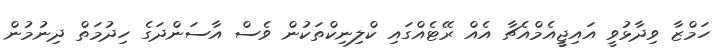
ހަމްޒާ ވިދާޅުވީ އައިޖީީއެމްއެޗާ އެއް ރޭޓެއްގައި ކްލިނިކްތަކުން ވެސް އާސަންދަގެ ހިދުމަތް ދިނުމުން